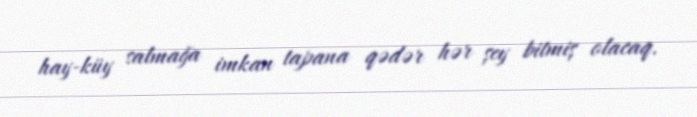
hay-küy salmağa imkan tapana qədər hər şey bitmiş olacaq.